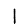
Digit: 1